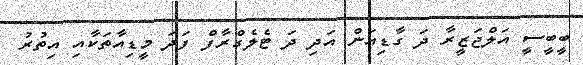
ބީބީސީ އަލްޖަޒީރާ ދަ ގާޑިއަން އަދި ދަ ޓެލެގްރާފް ފަދަ މީޑިއާތަކާއި އިތުރު